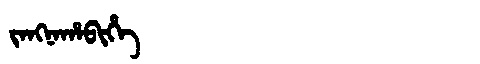
Manchu: ᠵᠠᠩᠨᠠᡥᠠᠪᡳᡥᡝ
Romanization: JANGNAHABIHE